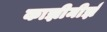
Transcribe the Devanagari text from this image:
काझीमीर्झ